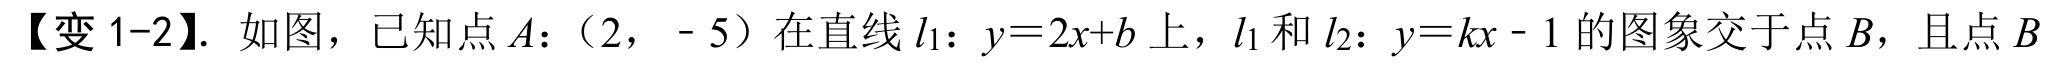
【变 1-2】. 如图，已知点$A$：（$2$， - $5$）在直线$l_{1}$：$y = 2x + b$上，$l_{1}$和$l_{2}$：$y = kx - 1$的图象交于点$B$，且点$B$